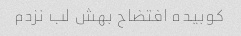
کوبیده افتضاح بهش لب نزدم